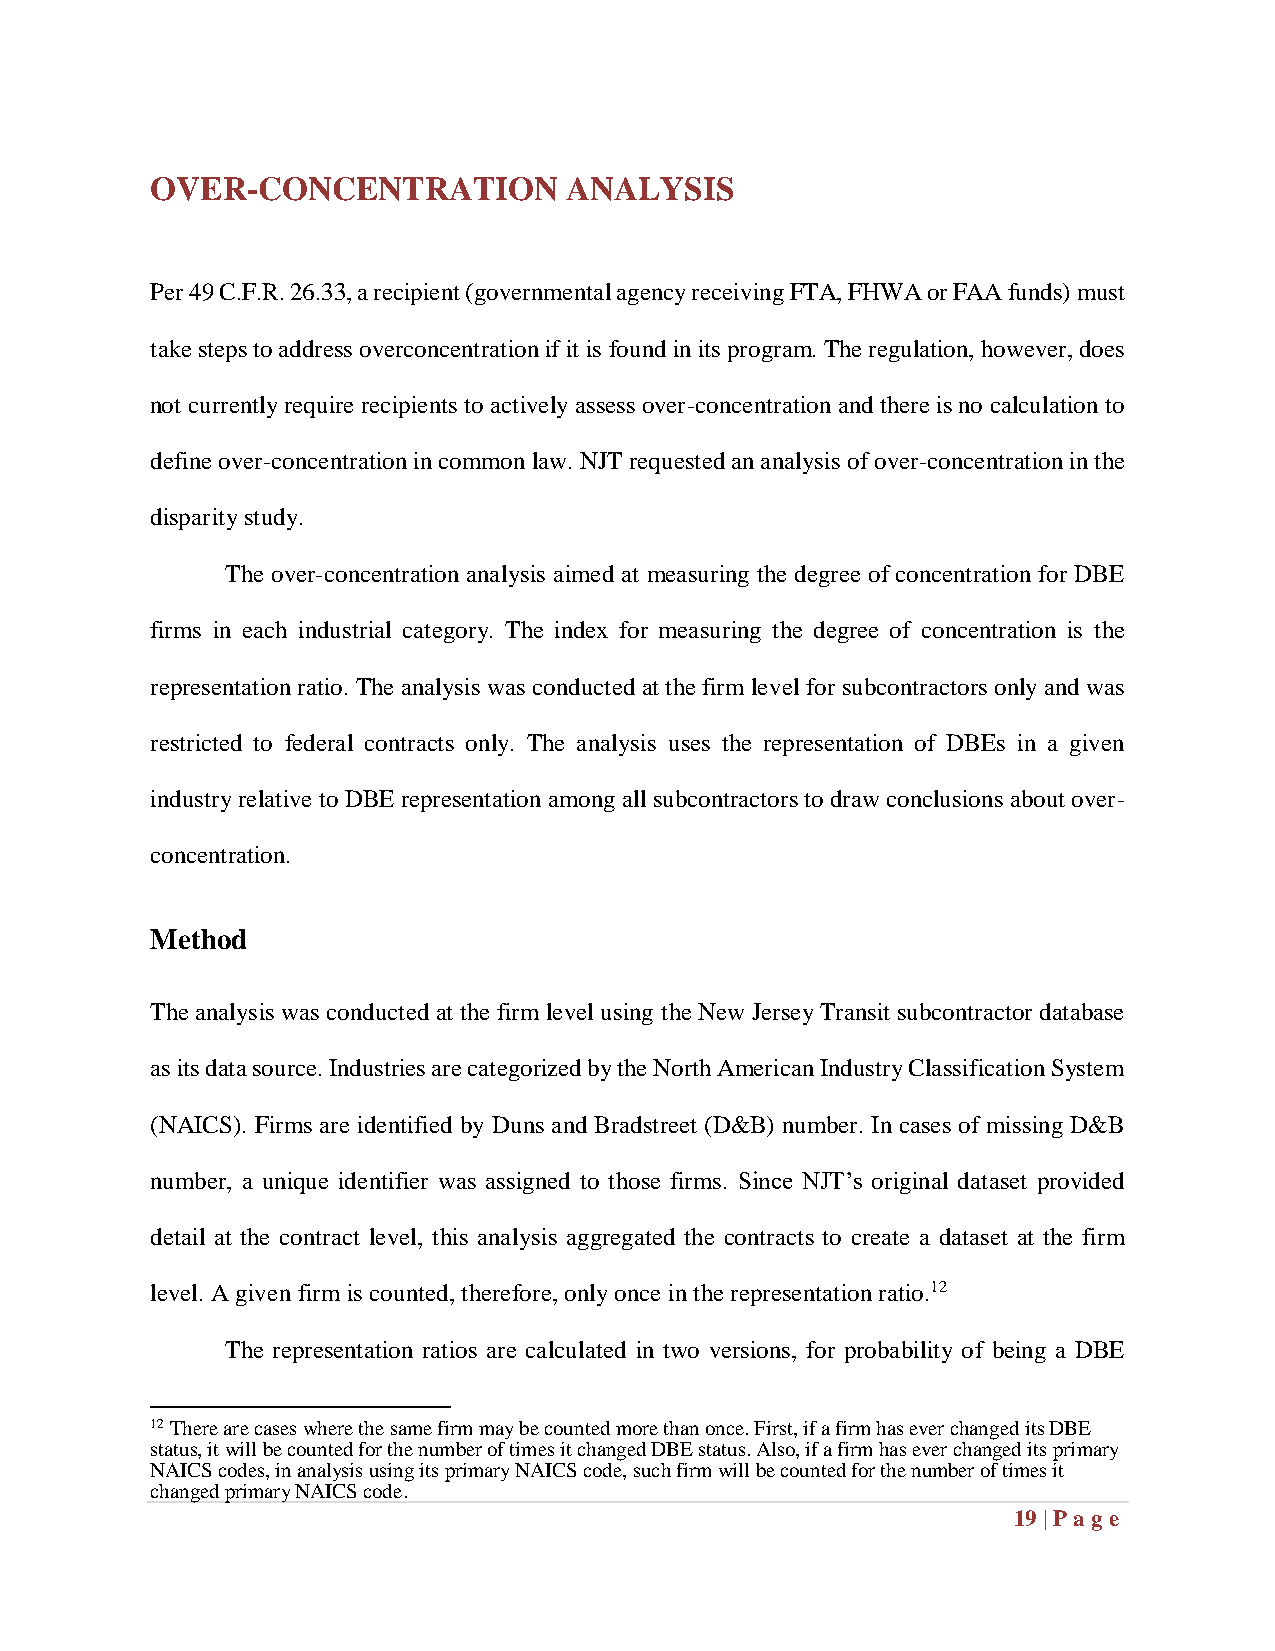
OVER-CONCENTRATION         ANALYSIS
 Per 49 C.F.R. 26.33, a recipient (governmental agency receiving FTA, FHWA or FAA funds) must
 take steps to address overconcentration if it is found in its program. The regulation, however, does
 not currently require recipients to actively assess over-concentration and there is no calculation to
 define over-concentration in common law. NJT requested an analysis of over-concentration in the
 disparity study.
 The over-concentration analysis aimed at measuring the degree of concentration for DBE
 firms in each industrial category. The index for measuring the degree of concentration is the
 representation ratio. The analysis was conducted at the firm level for subcontractors only and was
 restricted to federal contracts only. The analysis uses the representation of DBEs in a given
 industry relative to DBE representation among all subcontractors to draw conclusions about over-
 concentration.
 Method
 The analysis was conducted at the firm level using the New Jersey Transit subcontractor database
 as its data source. Industries are categorized by the North American Industry Classification System
 (NAICS). Firms are identified by Duns and Bradstreet (D&B) number. In cases of missing D&B
 number, a unique identifier was assigned to those firms. Since NJT’s original dataset provided
 detail at the contract level, this analysis aggregated the contracts to create a dataset at the firm
 level. A given firm is counted, therefore, only once in the representation ratio.12
 The representation ratios are calculated in two versions, for probability of being a DBE
 12 There are cases where the same firm may be counted more than once. First, if a firm has ever changed its DBE
 status, it will be counted for the number of times it changed DBE status. Also, if a firm has ever changed its primary
 NAICS codes, in analysis using its primary NAICS code, such firm will be counted for the number of times it
 changed primary NAICS code.
 19 | Pag e